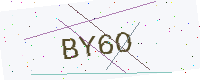
Text: BY6O